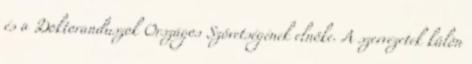
és a Doktoranduszok Országos Szövetségének elnöke. A szervezetek külön